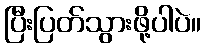
ပြီးပြတ်သွားဖို့ပါပဲ။